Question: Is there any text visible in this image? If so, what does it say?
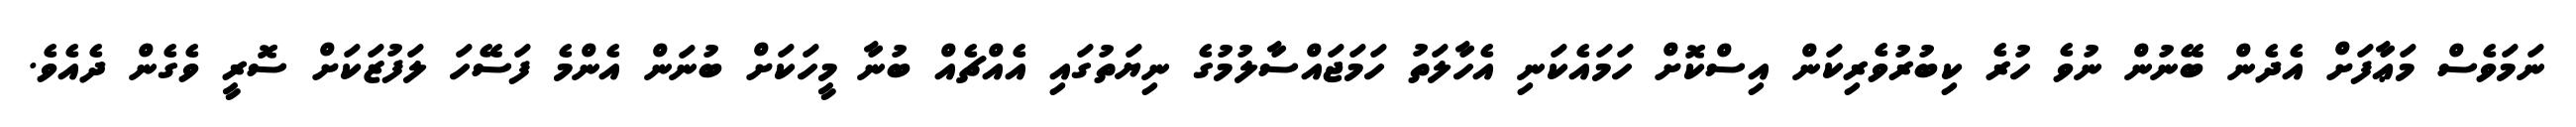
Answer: ނަމަވެސް މަޢާފަށް އެދެން ބޭނުން ނުވެ ހުރެ ކިބުރުވެރިކަން އިސްކޮށް ހަމައެކަނި އެހާލަތު ހަމަޖައްސާލުމުގެ ނިޔަތުގައި އެއްޗެއް ބުނާ މީހަކަށް ބުނަން އެންމެ ފަސޭހަ ލަފުޒަކަށް ސޮރީ ވެގެން ދެއެވެ.